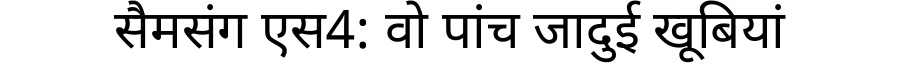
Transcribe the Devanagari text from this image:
सैमसंग एस4: वो पांच जादुई खूबियां